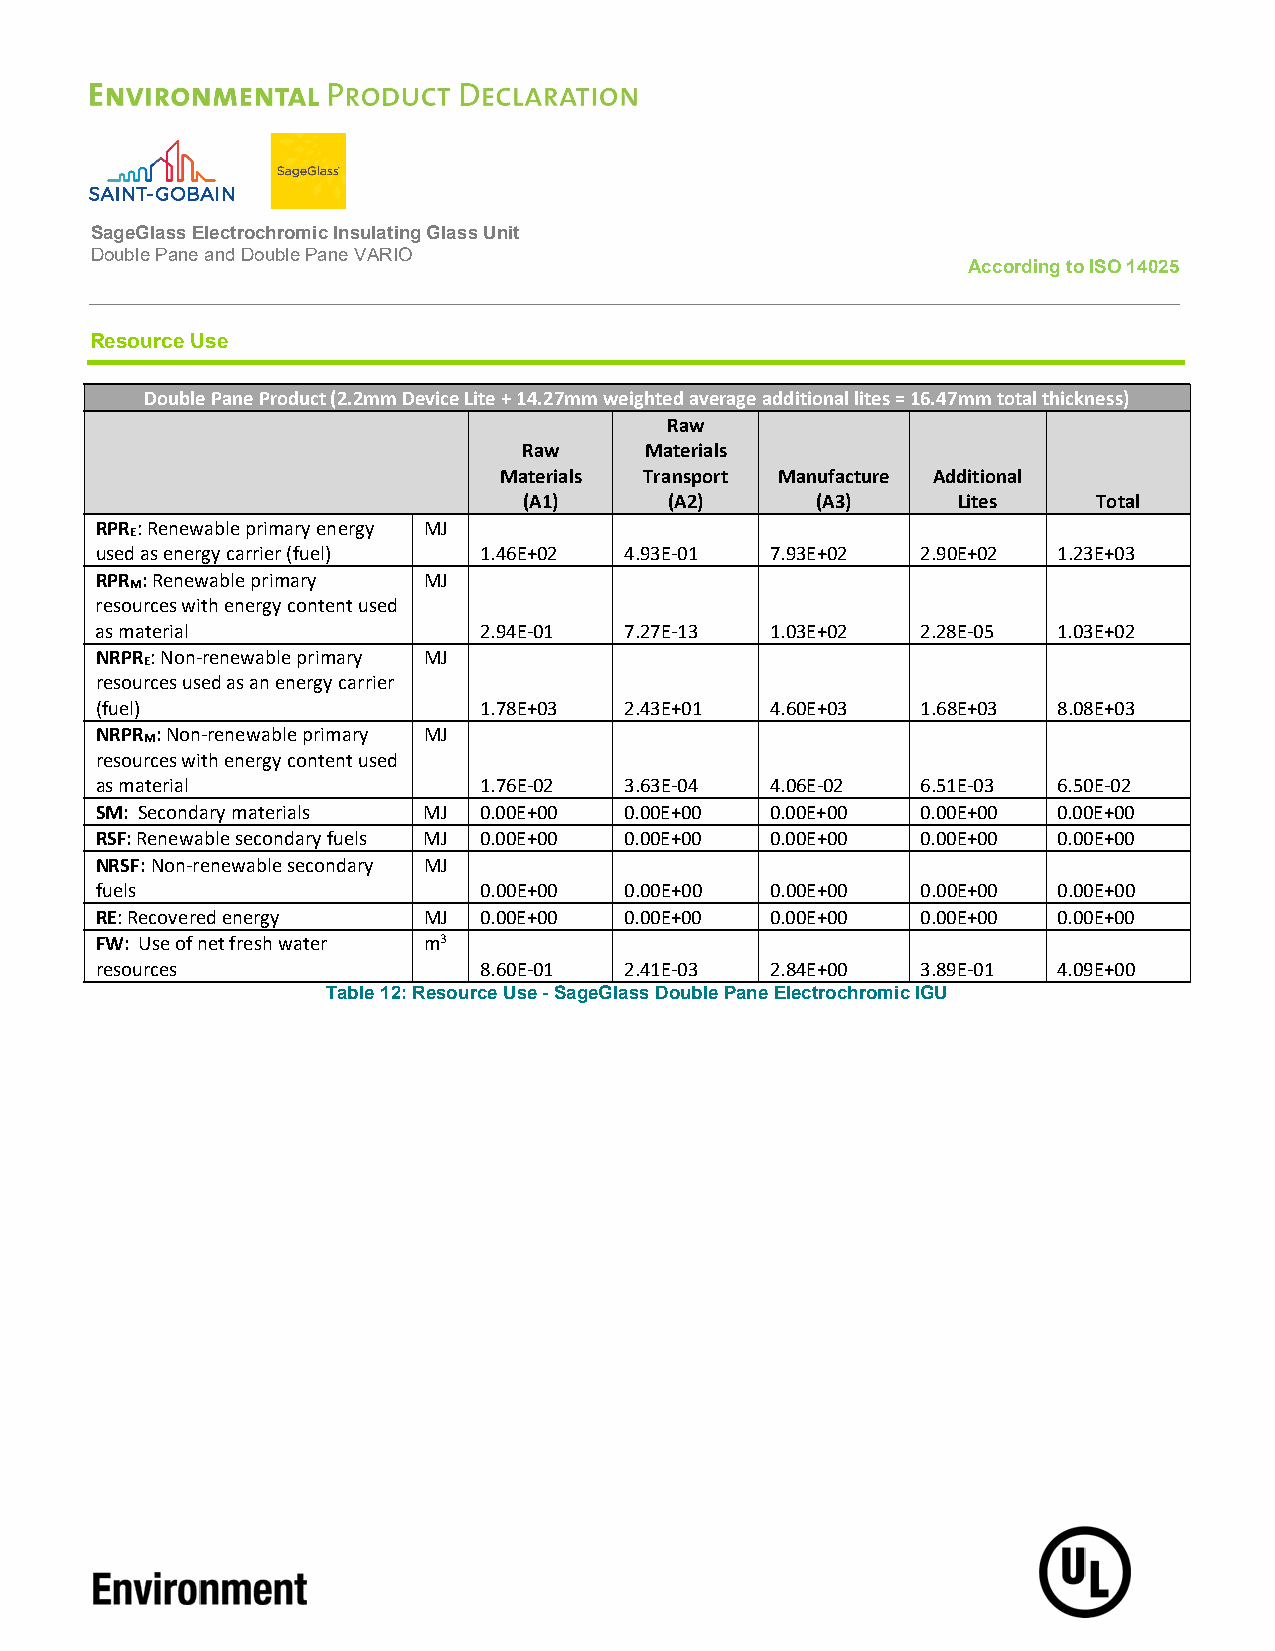
SageGlass Electrochromic Insulating Glass Unit
 Double Pane and Double Pane VARIO
 According to ISO 14025
 Resource Use
 Double Pane Product (2.2mm Device Lite + 14.27mm weighted average additional lites = 16.47mm total thickness)
 Raw
 Raw     Materials
 Materials Transport Manufacture Additional
 (A1)     (A2)      (A3)     Lites     Total
 RPR : Renewable primary energy MJ
 E
 used as energy carrier (fuel) 1.46E+02 4.93E-01 7.93E+02 2.90E+02 1.23E+03
 RPR : Renewable primary MJ
 M
 resources with energy content used
 as material               2.94E-01 7.27E-13  1.03E+02  2.28E-05 1.03E+02
 NRPR : Non-renewable primary MJ
 E
 resources used as an energy carrier
 (fuel)                    1.78E+03 2.43E+01  4.60E+03  1.68E+03 8.08E+03
 NRPR : Non-renewable primary MJ
 M
 resources with energy content used
 as material               1.76E-02 3.63E-04  4.06E-02  6.51E-03 6.50E-02
 SM: Secondary materials MJ 0.00E+00 0.00E+00 0.00E+00  0.00E+00 0.00E+00
 RSF: Renewable secondary fuels MJ 0.00E+00 0.00E+00 0.00E+00 0.00E+00 0.00E+00
 NRSF: Non-renewable secondary MJ
 fuels                     0.00E+00 0.00E+00  0.00E+00  0.00E+00 0.00E+00
 RE: Recovered energy  MJ  0.00E+00 0.00E+00  0.00E+00  0.00E+00 0.00E+00
 FW: Use of net fresh water m3
 resources                 8.60E-01 2.41E-03  2.84E+00  3.89E-01 4.09E+00
 Table 12: Resource Use - SageGlass Double Pane Electrochromic IGU